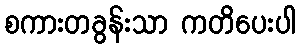
စကားတခွန်းသာ ကတိပေးပါ